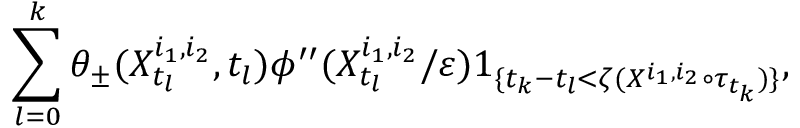
\sum _ { l = 0 } ^ { k } \theta _ { \pm } ( X _ { t _ { l } } ^ { i _ { 1 } , i _ { 2 } } , t _ { l } ) \phi ^ { \prime \prime } ( X _ { t _ { l } } ^ { i _ { 1 } , i _ { 2 } } / \varepsilon ) 1 _ { \{ t _ { k } - t _ { l } < \zeta ( X ^ { i _ { 1 } , i _ { 2 } } \circ \tau _ { t _ { k } } ) \} } ,